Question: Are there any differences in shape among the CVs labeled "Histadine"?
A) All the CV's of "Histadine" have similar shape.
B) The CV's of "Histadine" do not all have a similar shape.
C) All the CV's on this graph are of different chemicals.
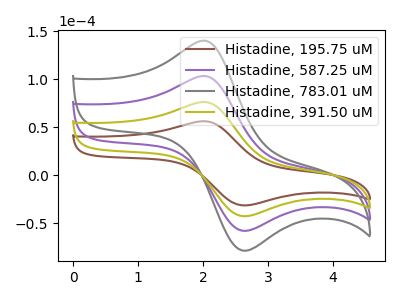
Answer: <think>The brown curve "Histadine, 195.75 uM" has an anodic peak at (2.05V, 56.00uA) and a cathodic peak at (2.65V, -31.60uA). The purple curve "Histadine, 587.25 uM" has an anodic peak at (2.05V, 151.85uA) and a cathodic peak at (2.65V, -85.65uA). The gray curve "Histadine, 783.01 uM" has an anodic peak at (2.05V, 227.80uA) and a cathodic peak at (2.65V, -128.50uA). The olive curve "Histadine, 391.50 uM" has an anodic peak at (2.05V, 75.95uA) and a cathodic peak at (2.65V, -42.85uA).
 All the peaks in "Histadine, 195.75 uM" have a peak in "Histadine, 587.25 uM" at the same potential. Every peak in "Histadine, 195.75 uM" is lower than every peak in "Histadine, 587.25 uM". All the peaks in "Histadine, 195.75 uM" have a peak in "Histadine, 783.01 uM" at the same potential. Every peak in "Histadine, 195.75 uM" is lower than every peak in "Histadine, 783.01 uM". All the peaks in "Histadine, 195.75 uM" have a peak in "Histadine, 391.50 uM" at the same potential. Every peak in "Histadine, 195.75 uM" is lower than every peak in "Histadine, 391.50 uM". All the peaks in "Histadine, 587.25 uM" have a peak in "Histadine, 783.01 uM" at the same potential. Every peak in "Histadine, 587.25 uM" is lower than every peak in "Histadine, 783.01 uM". All the peaks in "Histadine, 587.25 uM" have a peak in "Histadine, 391.50 uM" at the same potential. Every peak in "Histadine, 587.25 uM" is higher than every peak in "Histadine, 391.50 uM". All the peaks in "Histadine, 783.01 uM" have a peak in "Histadine, 391.50 uM" at the same potential. Every peak in "Histadine, 783.01 uM" is higher than every peak in "Histadine, 391.50 uM".</think>
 <answer>A) All the CV's of "Histadine" have similar shape.</answer>
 <eval>A</eval>